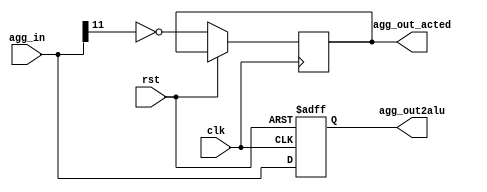

// *********************************************************************************
// Project Name : CSEE 4823 Project: Neural Network Accelerator
// *********************************************************************************
// Modification History:
// Date         By              Version                 Change Description
// -----------------------------------------------------------------------
// 11/21/2018 	Shixin Qin      1.0                     Basic function design
// 12/13/2018	Shixin Qin		2.0						Tested, func
// 12/15/2018	Shixin Qin		2.1						Synthesizable
// *********************************************************************************

module agg (clk, rst, agg_in, agg_out2alu, agg_out_acted);
    parameter agg_width = 12;

    input wire              		clk, rst;
    input wire 	[agg_width-1:0] 	agg_in ;

    output reg						agg_out_acted;
    output reg	[agg_width-1:0] 	agg_out2alu; 
	
	assign agg_msb = agg_in[agg_width-1];
 
    always @(posedge clk or posedge rst)
    begin
    	if(rst==1)
    		begin
    			agg_out2alu <= 0;
    		end
    	else 
    	    begin
   	       		agg_out2alu <= (^agg_in!=1'b0&&^agg_in!=1'b1)?0:agg_in;// to make the code synthesizalbe
    	       	// agg_out2alu <= (^agg_in===1'bx)?0:agg_in; 
				agg_out_acted <= ~agg_msb;
	   	    end
    	
    end

endmodule